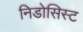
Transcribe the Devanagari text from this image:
निडोसिस्ट